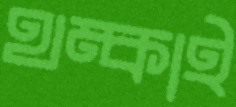
থম্‌কাই